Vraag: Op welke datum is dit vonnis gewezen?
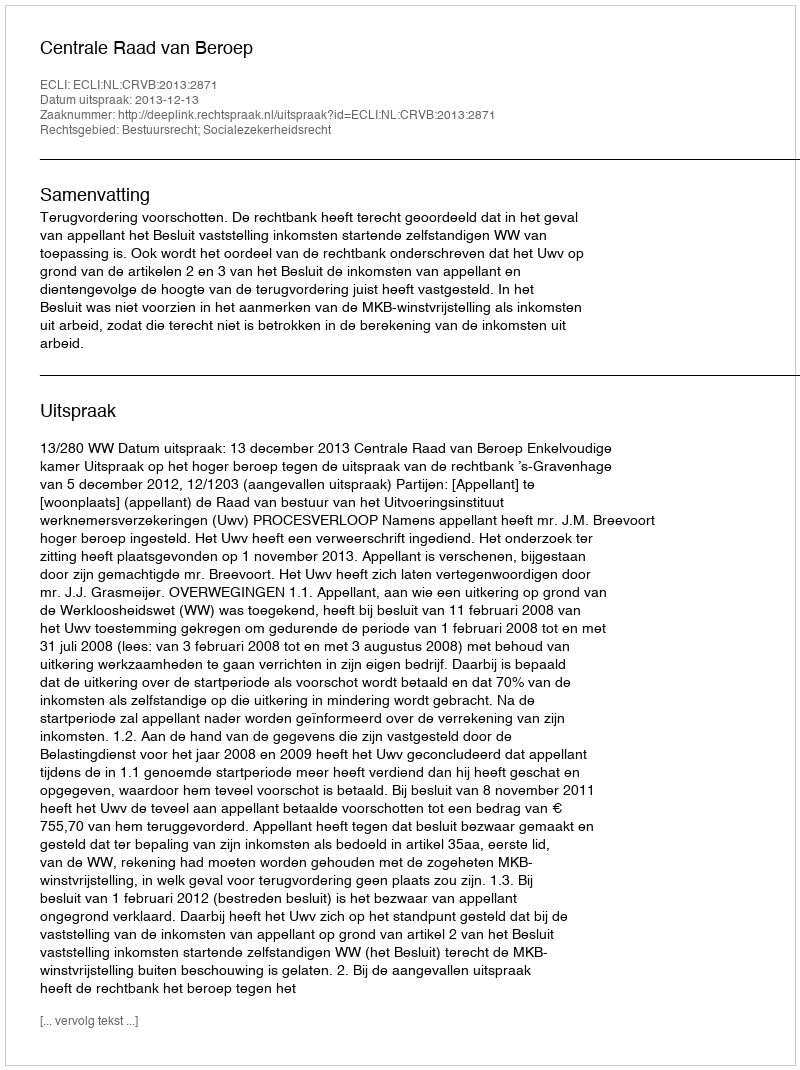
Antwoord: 2013-12-13